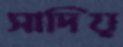
সাদিয়